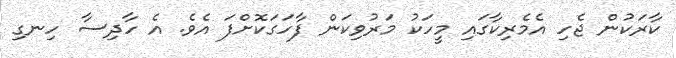
ކާރަކުން ޖެހި އެމެރިކާގައި މީހަކު މަރުވިކަން ފާހަގަކޮށްފަ އެވެ. އެ ހާދިސާ ހިނގި